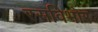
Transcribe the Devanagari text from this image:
रसविभोर